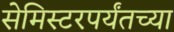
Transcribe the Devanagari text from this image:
सेमिस्टरपर्यंतच्या